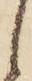
し